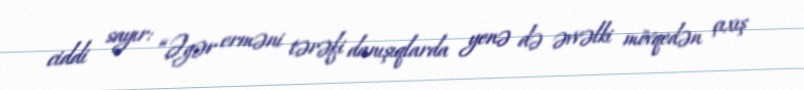
ciddi sayır: “Əgər erməni tərəfi danışıqlarda yenə də əvvəlki mövqedən çıxış